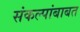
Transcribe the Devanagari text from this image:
संकल्पांबाबत